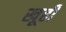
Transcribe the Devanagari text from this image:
खूही